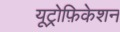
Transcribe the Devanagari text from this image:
यूट्रोफ़िकेशन